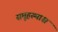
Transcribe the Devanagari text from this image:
समूहस्थाश्च